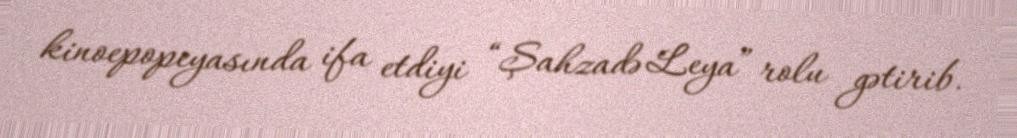
kinoepopeyasında ifa etdiyi “Şahzadə Leya” rolu gətirib.